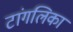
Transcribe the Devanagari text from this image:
टांगलिका